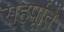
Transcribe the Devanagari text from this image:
सहपूर्ति